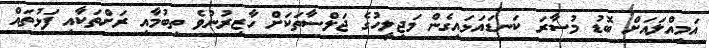
އަމިއްލައަށް ބޮޑު މުސާރަ ކަނޑައަޅައިގެން މަޖިލީހުގެ ޖަލްސާތަކަށް ހާޒިރުނުވެ ތިބުމާއި ރަށްތަކާއި ފަޅުތައް